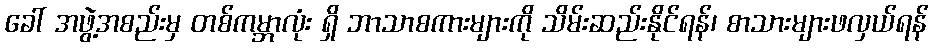
ခေါ် အဖွဲ့အစည်းမှ တစ်ကမ္ဘာလုံး ရှိ ဘာသာစကားများကို သိမ်းဆည်းနိုင်ရန်၊ စာသားများဖလှယ်ရန်